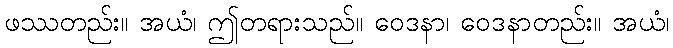
ဖဿတည်း။ အယံ၊ ဤတရားသည်။ ဝေဒနာ၊ ဝေဒနာတည်း။ အယံ၊